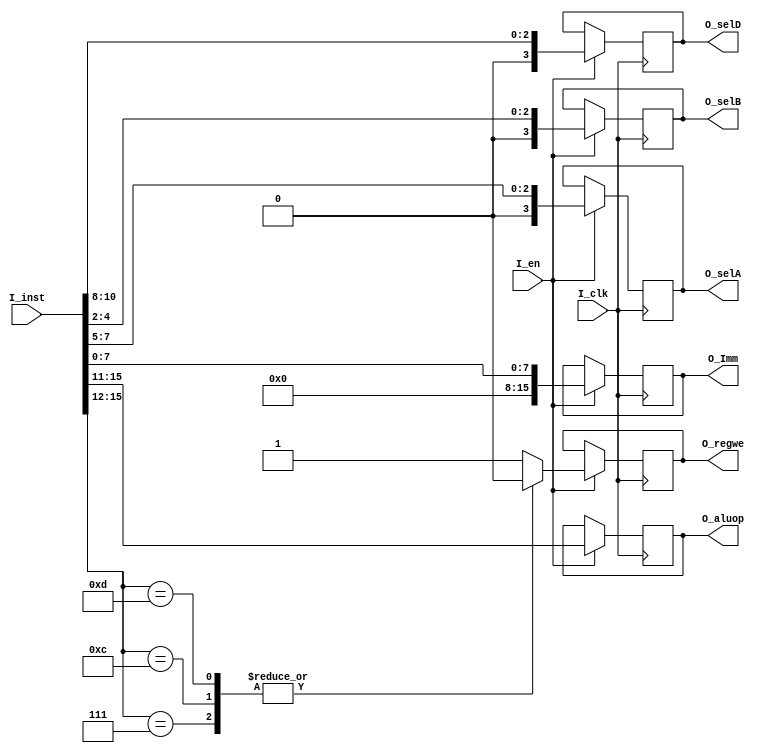
`timescale 1ns / 1ps
//////////////////////////////////////////////////////////////////////////////////
// Company: 
// Engineer: 
// 
// Design Name: 
// Module Name: inst_decoder
// Project Name: 
// Target Devices: 
// Tool Versions: 
// Description: 
// 
// Dependencies: 
// 
// Revision:
// Revision 0.01 - File Created
// Additional Comments:
// 
//////////////////////////////////////////////////////////////////////////////////


module inst_decoder(
    input [15:0] I_inst,
    input I_clk,
    input I_en,
    output reg [4:0] O_aluop,
    output reg [15:0] O_Imm,
    output reg [3:0] O_selA,
    output reg [3:0] O_selB,
    output reg [3:0] O_selD,
    output reg O_regwe
    );
    
    initial begin
        // Initialize all output registers to 0
        O_aluop = 0;
        O_Imm = 0;
        O_selA = 0;
        O_selB = 0;
        O_selD = 0;
        O_regwe = 0;
    end  
    
    always @(negedge I_clk) begin
        if(I_en) begin
            // Assign the bits statically according to ISA
            O_aluop <= I_inst[15:11];
            O_selD <= I_inst[10:8];
            O_selA <= I_inst[7:5];
            O_selB <= I_inst[4:2];
            O_Imm <= I_inst[7:0];
            
            case(I_inst[15:12])
                4'b0111 : O_regwe <= 0;
                4'b1100 : O_regwe <= 0;
                4'b1101 : O_regwe <= 0;
                default : O_regwe <= 1;
            endcase
            
        end
    end
    
    
endmodule